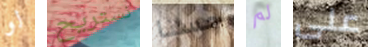
لو نستريح حسنا لم على